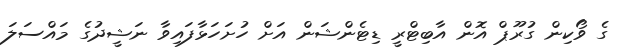
ގެ ވޯކިން ގުރޫޕް އޮން އާބިޓްރީ ޑިޓެންޝަން އަށް ހުށަހަޅާފައިވާ ނަޝީދުގެ މައްސަލަ